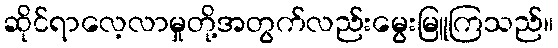
ဆိုင်ရာလေ့လာမှုတို့အတွက်လည်းမွေးမြူကြသည်။